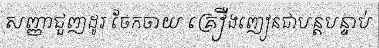
សញ្ញាជួញដូរ ចែកចាយ គ្រឿងញៀនជាបន្តបន្ទាប់